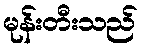
မုန်းတီးသည်